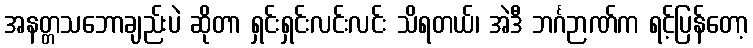
အနတ္တသဘောချည်းပဲ ဆိုတာ ရှင်းရှင်းလင်းလင်း သိရတယ်၊ အဲဒီ ဘင်္ဂဉာဏ်က ရင့်ပြန်တော့